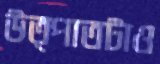
উত্পাতটাও